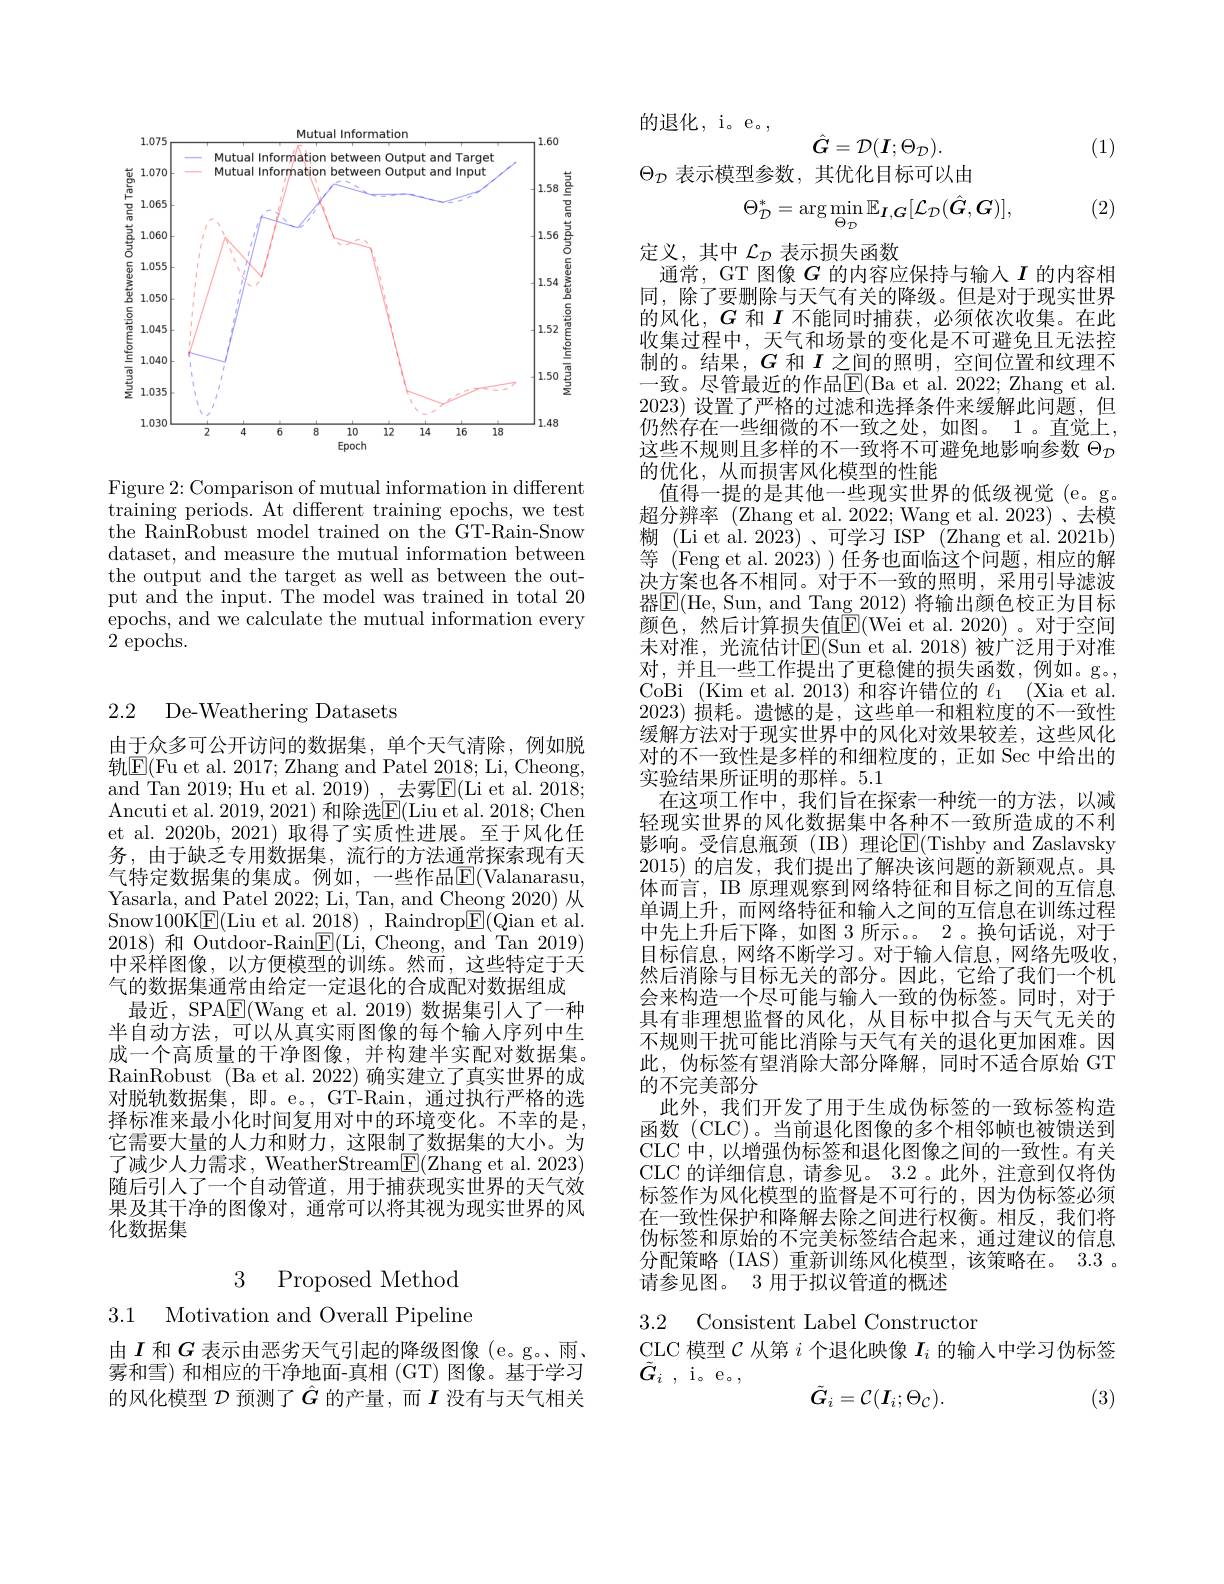
<FigureHere>

Figure 2: Comparison of mutual information in different training periods. At different training epochs, we test the RainRobust model trained on the GT-Rain-Snow dataset, and measure the mutual information between the output and the target as well as between the output and the input. The model was trained in total 20 epochs, and we calculate the mutual information every 2 epochs.

# 2.2 De-Weathering Datasets

由于众多可公开访问的数据集，单个天气清除，例如脱轨$\mathbb{E}($Fu et al. 2017; Zhang and Patel 2018; Li, Cheong, and Tan 2019; Hu et al. 2019) ,\_去雾E(Li et al. 2018; Ancuti et al. 2019, 2021) 和除选E(Liu et al. 2018; Chen et al. 2020b, 2021) 取得了实质性进展。至于风化任务，由于缺乏专用数据集，流行的方法通常探索现有天气特定数据集的集成。例如，一些作品$\overline{\mathrm{E}}($Valanarasu, Yasarla, and Patel 2022; Li, Tan, and Cheong 2020) 从Snow100K$\underline{\mathrm{E}}($Liu et al. $\underline {2}018)$ , Raindrop$\underline{\mathrm{E}}(\bar{\mathrm{Q}}$ian et al. 2018)和 Outdoor-Rain$\boxed{\mathbb{F}}($Li, Cheong, and Tan 2019) 中采样图像，以方便模型的训练。然而，这些特定于天气的数据集通常由给定一定退化的合成配对数据组成
最近，SPA$\underline{\mathrm{E}}($Wang et al.2019)数据集引入了一种半自动方法，可以从真实雨图像的每个输入序列中生成一个高质量的干净图像，并构建半实配对数据集。RainRobust (Ba et al. 2022) 确实建立了真实世界的成对脱轨数据集，即。e。, GT-Rain, 通过执行严格的选择标准来最小化时间复用对中的环境变化。不幸的是， 它需要大量的人力和财力，这限制了数据集的大小。为了减少人力需求，WeatherStream$\underline{\mathrm{F}}($Zhang et al. 2023) 随后引人了一个自动管道，用于捕获现实世界的天气效果及其干净的图像对，通常可以将其视为现实世界的风化数据集

3 Proposed Method
3.1 Motivation and Overall Pipeline

由$I$和$G$表示由恶劣天气引起的降级图像(e。g。、雨、 雾和雪) 和相应的干净地面-真相 (GT) 图像。基于学习的风化模型$\mathcal{D}$预测了$\hat{G}$的产量，而$I$没有与天气相关

的退化，i。e。,
$$\hat G=\mathcal D(I;\Theta_{\mathcal D}).$$
$\Theta_{\mathcal{D}}$表示模型参数，其优化目标可以由

(1)

(2)
$$\Theta_{\mathcal{D}}^*=\arg\min_{\Theta_{\mathcal{D}}}\mathbb{E}_{I,G}[\mathcal{L}_{\mathcal{D}}(\hat{G},G)],$$
定义，其中$\mathcal{L}_D$ 表示损失函数
通常，GT 图像$G$的内容应保持与输入$I$的内容相同，除了要删除与天气有关的降级。但是对于现实世界的风化，$G$和$I$不能同时捕获，必须依次收集。在此收集过程中，天气和场景的变化是不可避免且无法控制的。结果，$G$和$I$之间的照明，空间位置和纹理不一致。尽管最近的作品$\mathbb{E}($Ba et al. 2022; Zhang et al. 2023)设置了严格的过滤和选择条件来缓解此问题，但仍然存在一些细微的不一致之处，如图。1。直觉上， 这些不规则且多样的不一致将不可避免地影响参数$\Theta_{\mathcal{D}}$ 的优化，从而损害风化模型的性能
值得一提的是其他一些现实世界的低级视觉(e。g。超分辨率 (Zhang et al. 2022; Wang et al. 2023)、去模糊 (Li et al. 2023)、可学习 ISP (Zhang et al. 2021b) 等 (Feng et al. 2023) ) 任务也面临这个问题，相应的解决方案也各不相同。对于不一致的照明，采用引导滤波器$\boxed{\mathrm{E}}($He, Sun, and Tang 2012) 将输出颜色校正为目标颜色，然后计算损失值$\underline{\mathrm{E}}($Wei et al.2020)。对于空间末对准，光流估计$\mathbb{E}($Sun et al.2018)被广泛用于对准对，并且一些工作提出了更稳健的损失函数，例如。g。CoBi (Kim et al. 2013)和容许错位的$\ell_1($Xia et al. 2023)损耗。遗憾的是，这些单一和粗粒度的不一致性缓解方法对于现实世界中的风化对效果较差，这些风化对的不一致性是多样的和细粒度的，正如 Sec 中给出的实验结果所证明的那样。5.1
在这项工作中，我们旨在探索一种统一的方法，以减轻现实世界的风化数据集中各种不一致所造成的不利影响。受信息瓶颈(IB)理论E(Tishby and Zaslavsky 2015)的启发，我们提出了解决该问题的新颖观点。具体而言，IB 原理观察到网络特征和目标之间的互信息单调上升，而网络特征和输人之间的互信息在训练过程中先上升后下降，如图 3 所示。。2 。换句话说，对于目标信息，网络不断学习。对于输人信息，网络先吸收然后消除与目标无关的部分。因此，它给了我们一个机会来构造一个尽可能与输人一致的伪标签。同时，对于具有非理想监督的风化，从目标中拟合与天气无关的不规则干扰可能比消除与天气有关的退化更加困难。因此，伪标签有望消除大部分降解，同时不适合原始 GT 的不完美部分
此外，我们开发了用于生成伪标签的一致标签构造函数 (CLC)。当前退化图像的多个相邻帧也被馈送到CLC 中，以增强伪标签和退化图像之间的一致性。有关CLC 的详细信息，请参见。3.2 。此外，注意到仅将伪标签作为风化模型的监督是不可行的，因为伪标签必须在一致性保护和降解去除之间进行权衡。相反，我们将伪标签和原始的不完美标签结合起来，通过建议的信息分配策略 (IAS) 重新训练风化模型，该策略在。3.3 。请参见图。3 用于拟议管道的概述
3.2 Consistent Label Constructon

CLC 模型$\mathcal{C}$从第$i$个退化映像$I_i$的输入中学习伪标签
$\tilde{G} _{i}$ , $\mathrm{i。 e}_{\circ }$,
$$\tilde{G}_{i}=\mathcal{C}(I_{i};\Theta_{\mathcal{C}}).$$
(3)